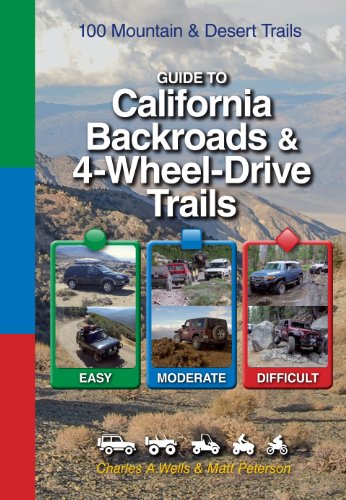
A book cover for Guide to California Backroads & 4-Wheel Drive Trails; Charles A. Wells; Travel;